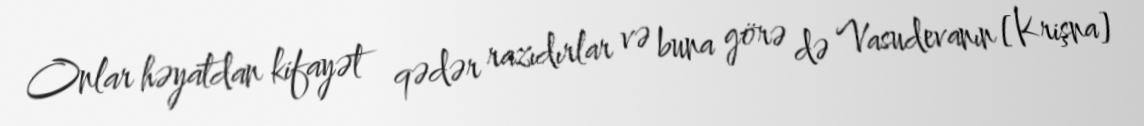
Onlar həyatdan kifayət qədər razıdırlar və buna görə də Vasudevanın [Krişna]